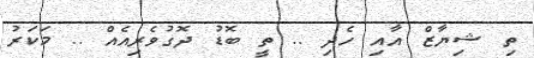
ތި ޝިޔާޒް އާއި ހެދި .. ތީ ބޮޑު ދޮގުވެރިއެއް .. މަކަރު